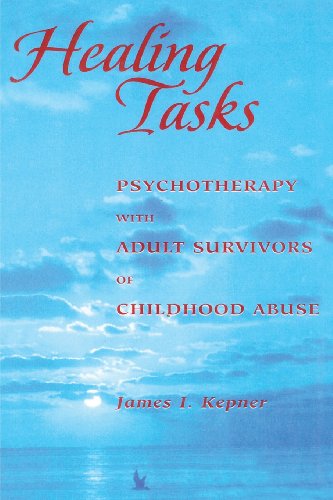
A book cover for Healing Tasks: Psychotherapy with Adult Survivors of Childhood Abuse; James I. Kepner; Politics & Social Sciences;